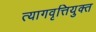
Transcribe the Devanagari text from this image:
त्यागवृत्तियुक्त